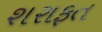
શરાફત